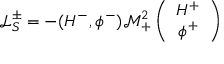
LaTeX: \mathcal { L } _ { S } ^ { \pm } = - ( H ^ { - } , \phi ^ { - } ) \mathcal { M } _ { + } ^ { 2 } \left( \begin{array} { c } { { H ^ { + } } } \\ { { \phi ^ { + } } } \end{array} \right)